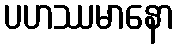
ပဟဿမာနော